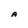
Character: A